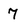
Character: 7